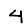
Digit: 4